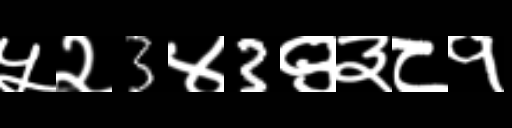
Text: ५२3४3९३८१